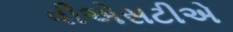
વીએસટીએ